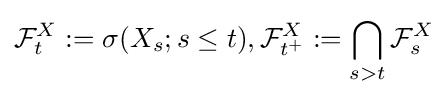
{\mathcal {F}}_{t}^{X}:=\sigma (X_{s};s\leq t),{\mathcal {F}}_{t^{+}}^{X}:=\bigcap _{s>t}{\mathcal {F}}_{s}^{X}